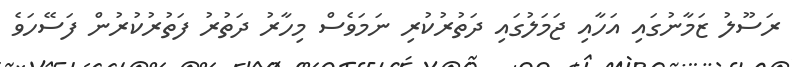
ރަސޫލު ޒަމާނުގައި އަހާއި ޖަމަލުގައި ދަތުރުކުރި ނަމަވެސް މިހާރު ދަތުރު ފަތުރުކުރުން ފަސޭހަވެ